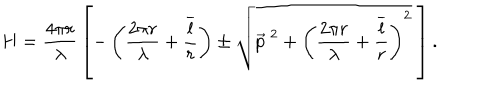
H = { \frac { 4 \pi r } { \lambda } } \left[ - \left( { \frac { 2 \pi r } { \lambda } } + { \frac { \overline { { { l } } } } { r } } \right) \pm \sqrt { \vec { p } ^ { \ 2 } + \left( { \frac { 2 \pi r } { \lambda } } + { \frac { \overline { { { l } } } } { r } } \right) ^ { 2 } } \ \right] .